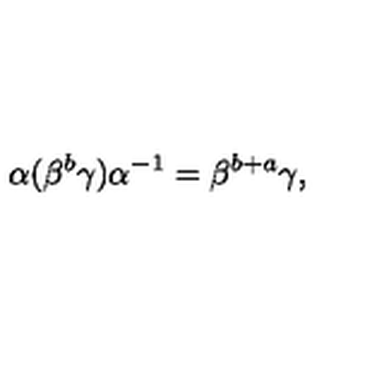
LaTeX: \alpha ( \beta ^ { b } \gamma ) \alpha ^ { - 1 } = \beta ^ { b + a } \gamma ,